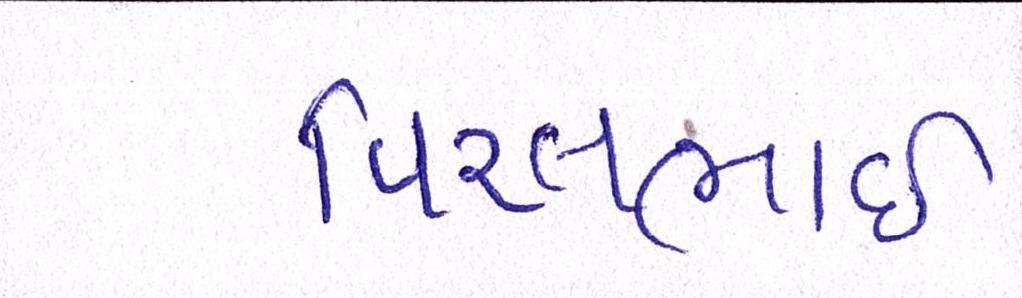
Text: વિરલભાઇ